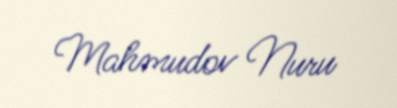
Mahmudov Nuru